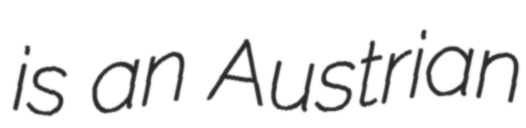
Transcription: is an Austrian